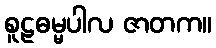
စူဠဓမ္မပါလ ဇာတက။